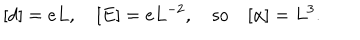
[ d ] = e L , \quad [ E ] = e L ^ { - 2 } , \quad \mathrm { s o } \quad [ \alpha ] = L ^ { 3 } .